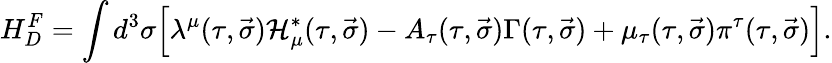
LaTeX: H_{D}^{F}=\int{d^{3}\sigma\Big[\lambda^{\mu}(\tau,\vec{\sigma}){\cal H}_{\mu}^{\ast}(\tau,\vec{\sigma})-A_{\tau}(\tau,\vec{\sigma})\Gamma(\tau,\vec{\sigma})+\mu_{\tau}(\tau,\vec{\sigma})\pi^{\tau}(\tau,\vec{\sigma})\Big]}.